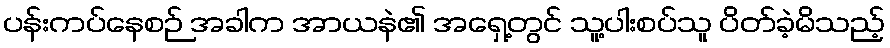
ပန်းကပ်နေစဉ် အခါက အာယနဲ၏ အရှေ့တွင် သူ့ပါးစပ်သူ ပိတ်ခဲ့မိသည့်